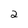
Character: 2